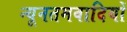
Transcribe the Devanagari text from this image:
न्यूनतमवादियों